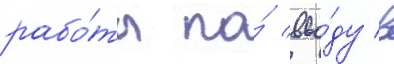
рабо́ты по́ вво́ду в